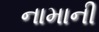
નામાની